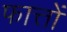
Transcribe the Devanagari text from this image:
फात्तों